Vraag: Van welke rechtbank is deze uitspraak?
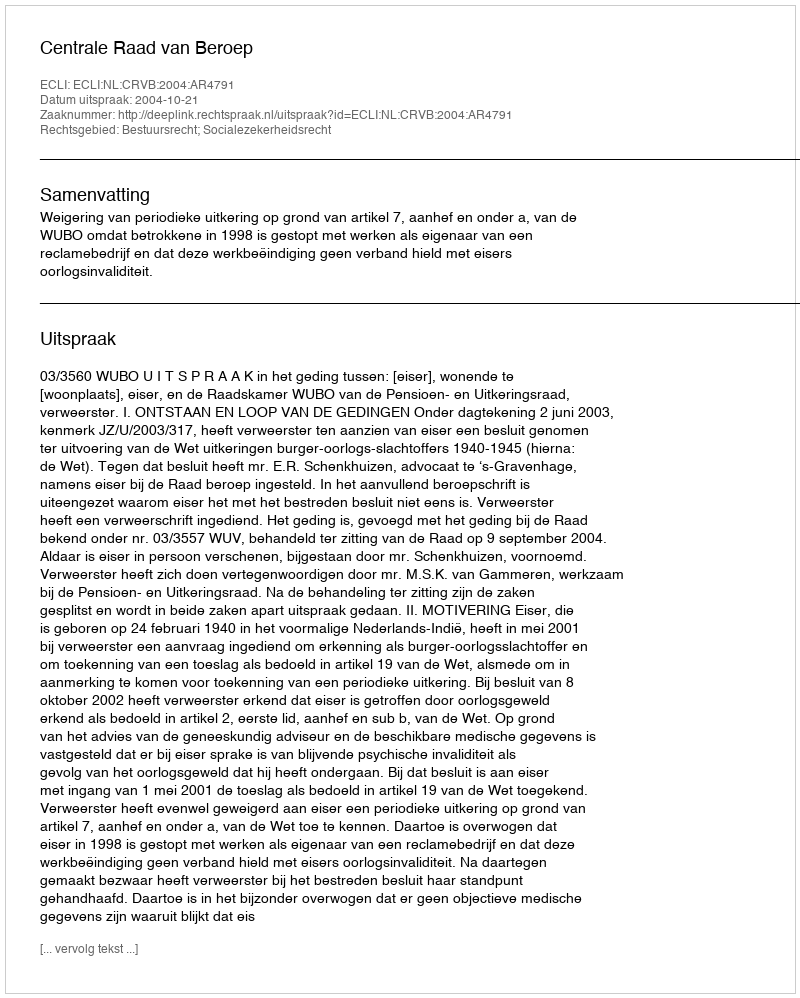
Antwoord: Centrale Raad van Beroep